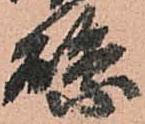
縣